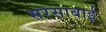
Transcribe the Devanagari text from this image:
सरसाबाई